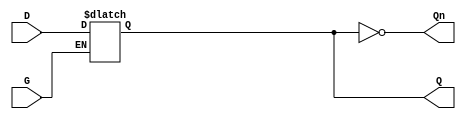
module dual_input_gated_latch (
    input wire D,     // Data input
    input wire G,     // Gating signal
    output reg Q,     // Output
    output wire Qn    // Inverted output
);

// Invert the output Q to get Qn
assign Qn = ~Q;

// Always block to model the behavior of the gated latch
always @(*) begin
    if (G) begin
        Q = D; // When G is high, Q follows D
    end
    // If G is low, Q retains its previous value (implicit)
end

endmodule